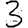
Digit: 3